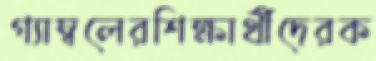
গ্যাম্বলেরশিক্ষার্থীদেরক